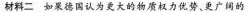
材料二 如果德国认为更大的物质权力优势、更广阔的